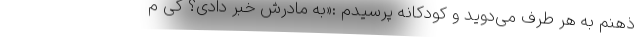
ذهنم به هر طرف می‌دوید و کودکانه پرسیدم :«به مادرش خبر دادی؟ کی م